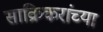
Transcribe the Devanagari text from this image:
साक्रिकरांच्या